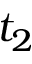
t _ { 2 }